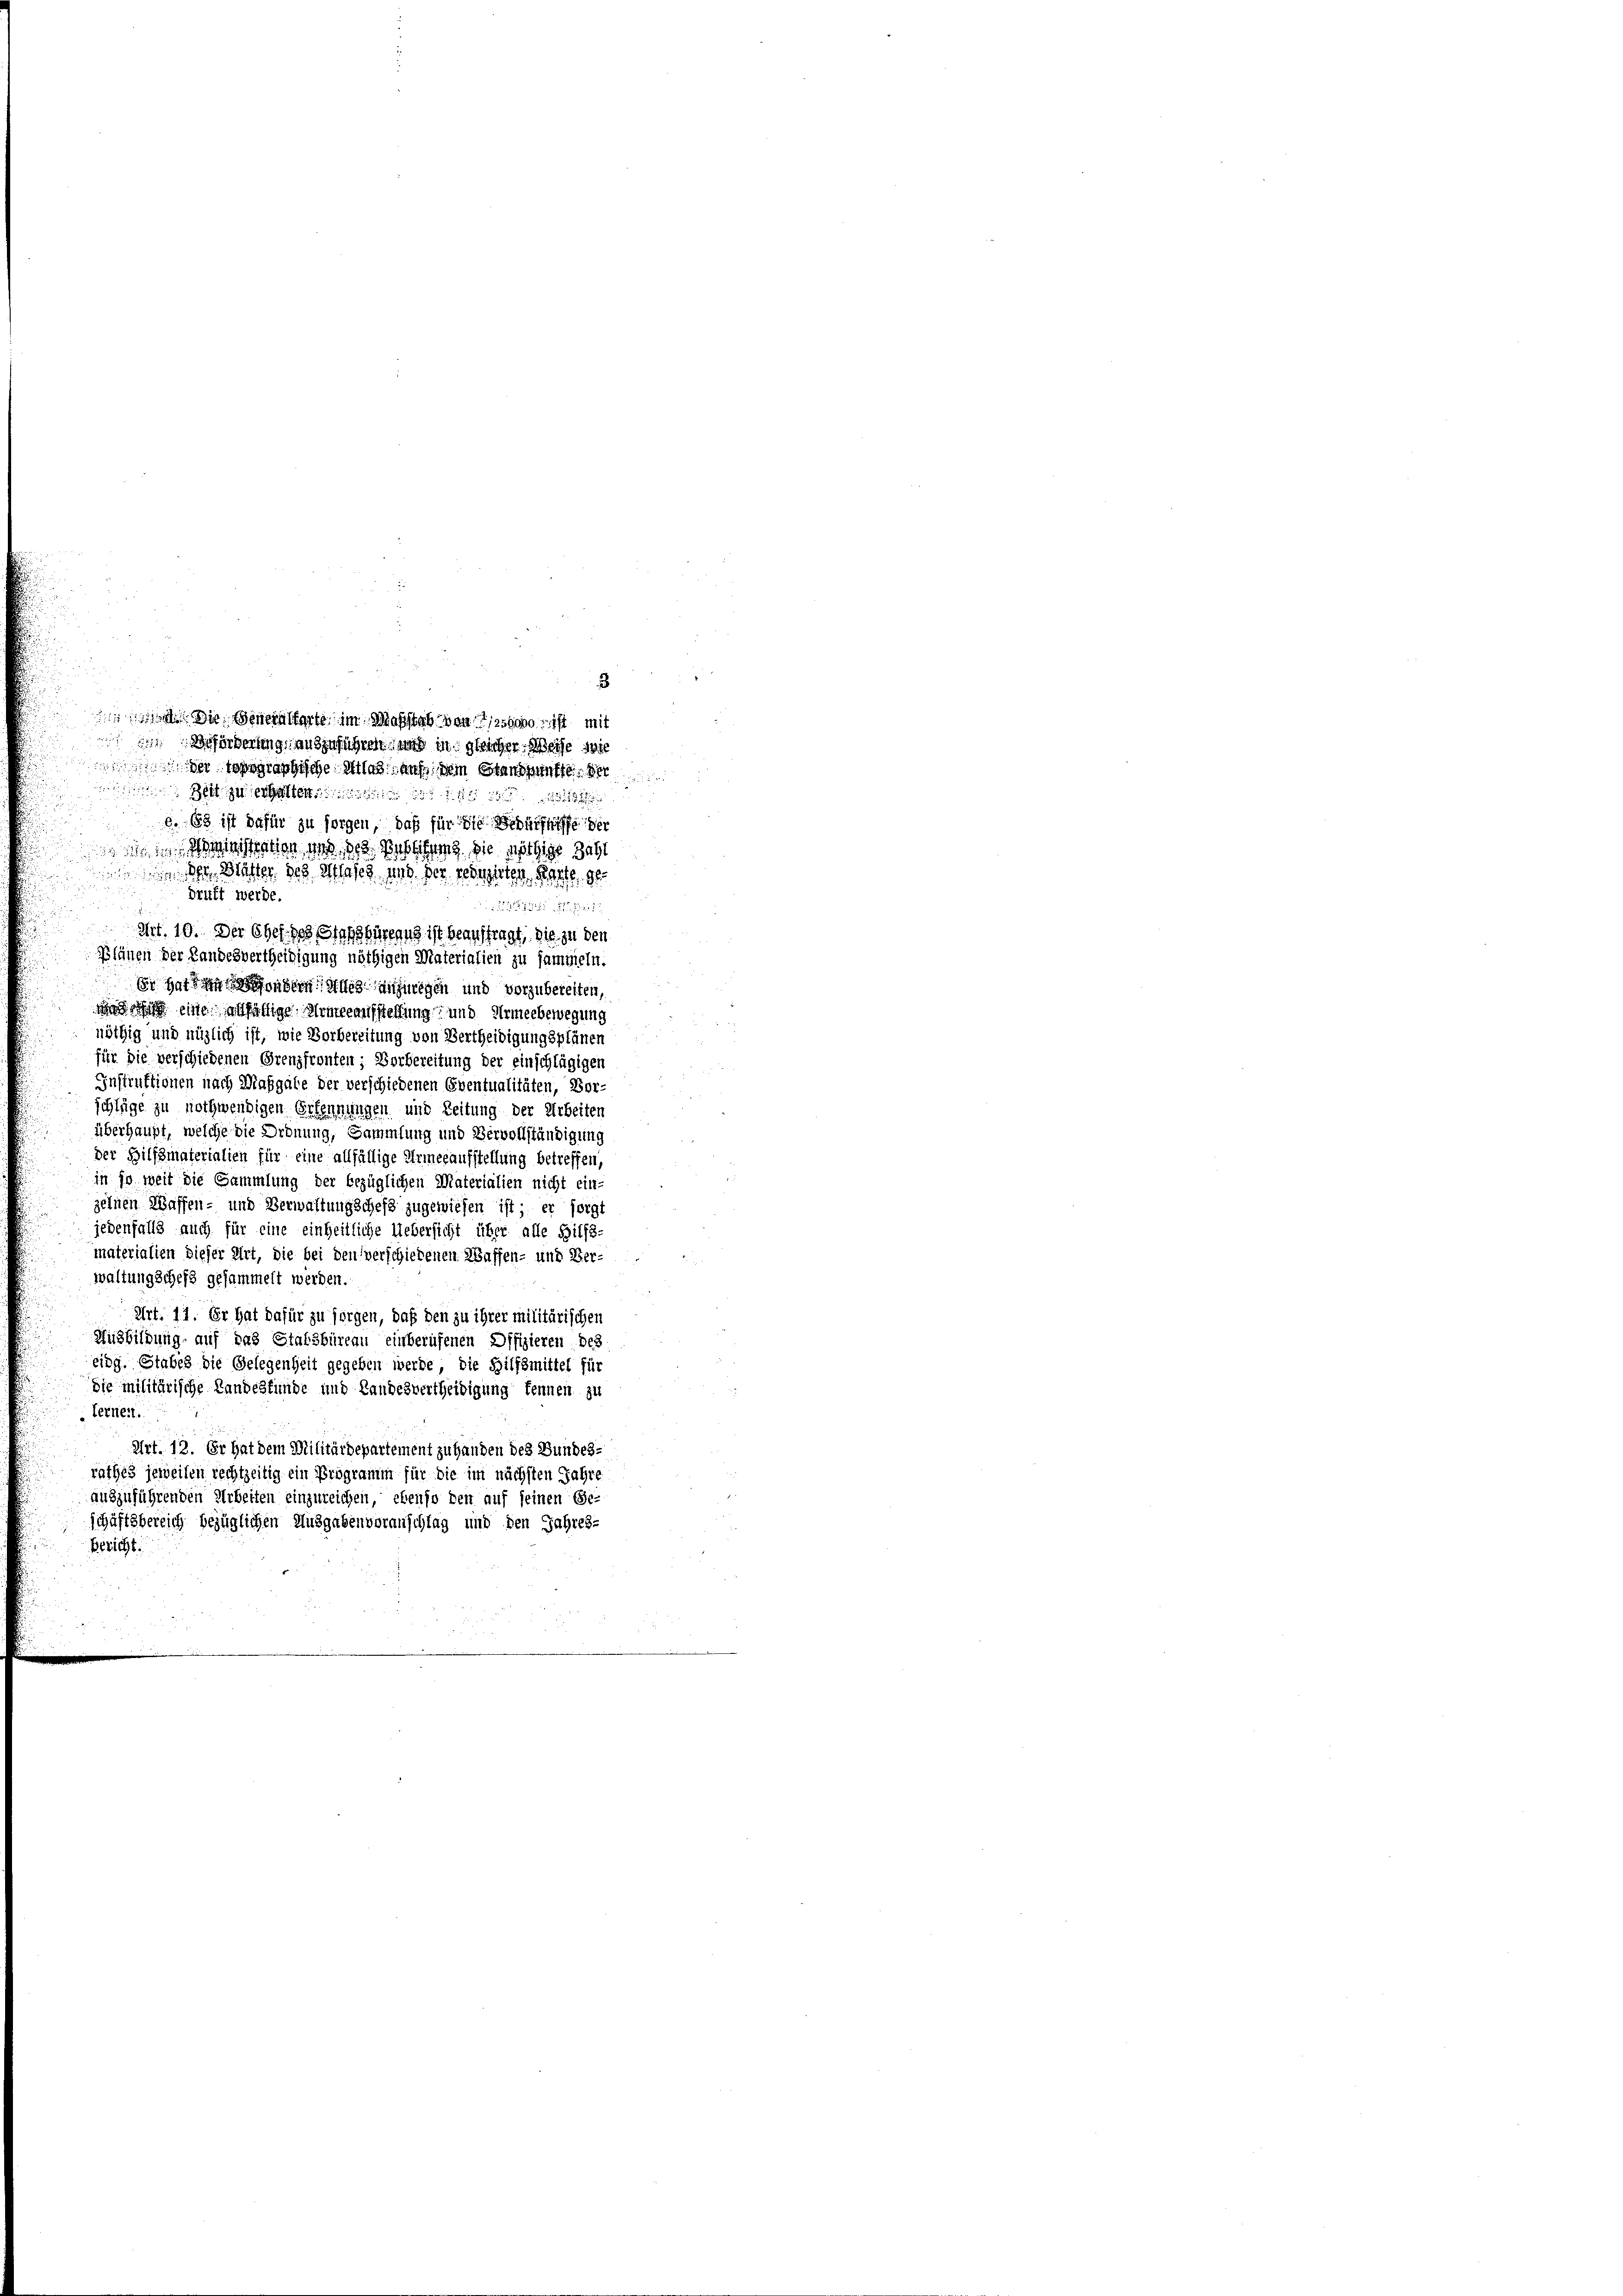
Zeit zu erhalten die
e. Es ist dafür zu sorgen, daß für die Bedürfnisse der
isation und des Bestiftung die nöthige Zahl
 Blätter des Glase und der reduzirten Karte, ge
druft werde.
22 f. 212
Art. 10. Der ehes des Hanshürung ist beauftragt, die zu den
Plänen der Landesvertheidigung nöthigen Materialien zu sammeln.
Er hattenden Alles anzuregen und vorzubereiten,
 es eine allfällige Armeeaufstellung und Armeebewegung
nöthig und möglich ist, wie Vorbereitung von Vertheidigungsplänen
für die verschiedenen Grenzfronten; Vorbereitung der einschlägigen
Instruktionen nach Maßgabe der verschiedenen Eventualitäten, Vor-
schläge zu nothwendigen Erkennungen und Zeitung der Arbeiten
überhaupt, welche die Ordnung, Sammlung und Vervollständigung
der Hilfsmaterialien für eine allfällige Armeeaufstellung betreffen,
in so weit die Sammlung der bezüglichen Materialien nicht ein-
zelnen Waffen- und Verwaltung schefs zugewiesen ist, er sorgt
jedenfalls auch für eine einheitliche Uebersicht über alle Hilfs-
materialien dieser Art, die bei den verschiedenen Waffen- und Ver-
waltung schefs gesammelt werden.
Art. 11. Er hat dafür zu sorgen, daß den zu ihrer militärischen
Ausbildung auf das Statsbüreau einberufenen Offizieren des
eidg. Stabes die Gelegenheit gegeben werde, die Hilfsmittel für
die militärische Landesfunde und Landesvertheidigung kennen zu
Ternen.
Art. 12. Er hat dem Militärdepartement zu handen des Bundes-
rathes jeweilen rechtzeitig ein Programm für die im nächsten Jahre
auszuführenden Arbeiten einzureichen, ebenso den auf seinen Ge-
schäftsbereich bezüglichen Ausgabenvoranschlag und den Jahres-
Bericht.

3
 et. Die Generstorte im Maßstab von 150000 ist mit
Beförderung, anzuführen und in gleicher Weise sie
 de tographische Atlas auf dein Standpunkte der